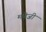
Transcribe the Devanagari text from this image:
मनेजी